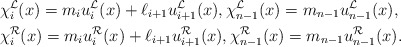
\begin{align*}&\chi_i^{\mathcal{L}}(x)= m_i u_{i}^{\mathcal{L}}(x)+\ell_{i+1}u_{i+1}^{\mathcal{L}}(x), \chi_{n-1}^{\mathcal{L}}(x)= m_{n-1} u_{n-1}^{\mathcal{L}}(x), \\& \chi_i^{\mathcal{R}}(x)= m_i u_{i}^{\mathcal{R}}(x)+\ell_{i+1}u_{i+1}^{\mathcal{R}}(x), \chi_{n-1}^{\mathcal{R}}(x)= m_{n-1} u_{n-1}^{\mathcal{R}}(x). \end{align*}